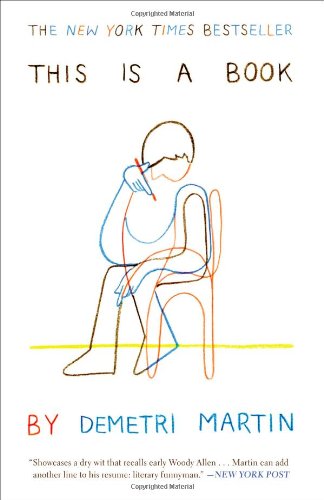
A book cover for This Is a Book; Demetri Martin; Humor & Entertainment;